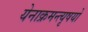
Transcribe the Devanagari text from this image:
येनाक्रमन्त्यृषयो